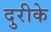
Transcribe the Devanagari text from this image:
दुरीके